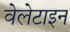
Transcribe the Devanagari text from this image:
वेलेटाइन